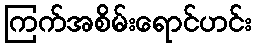
ကြက်အစိမ်းရောင်ဟင်း